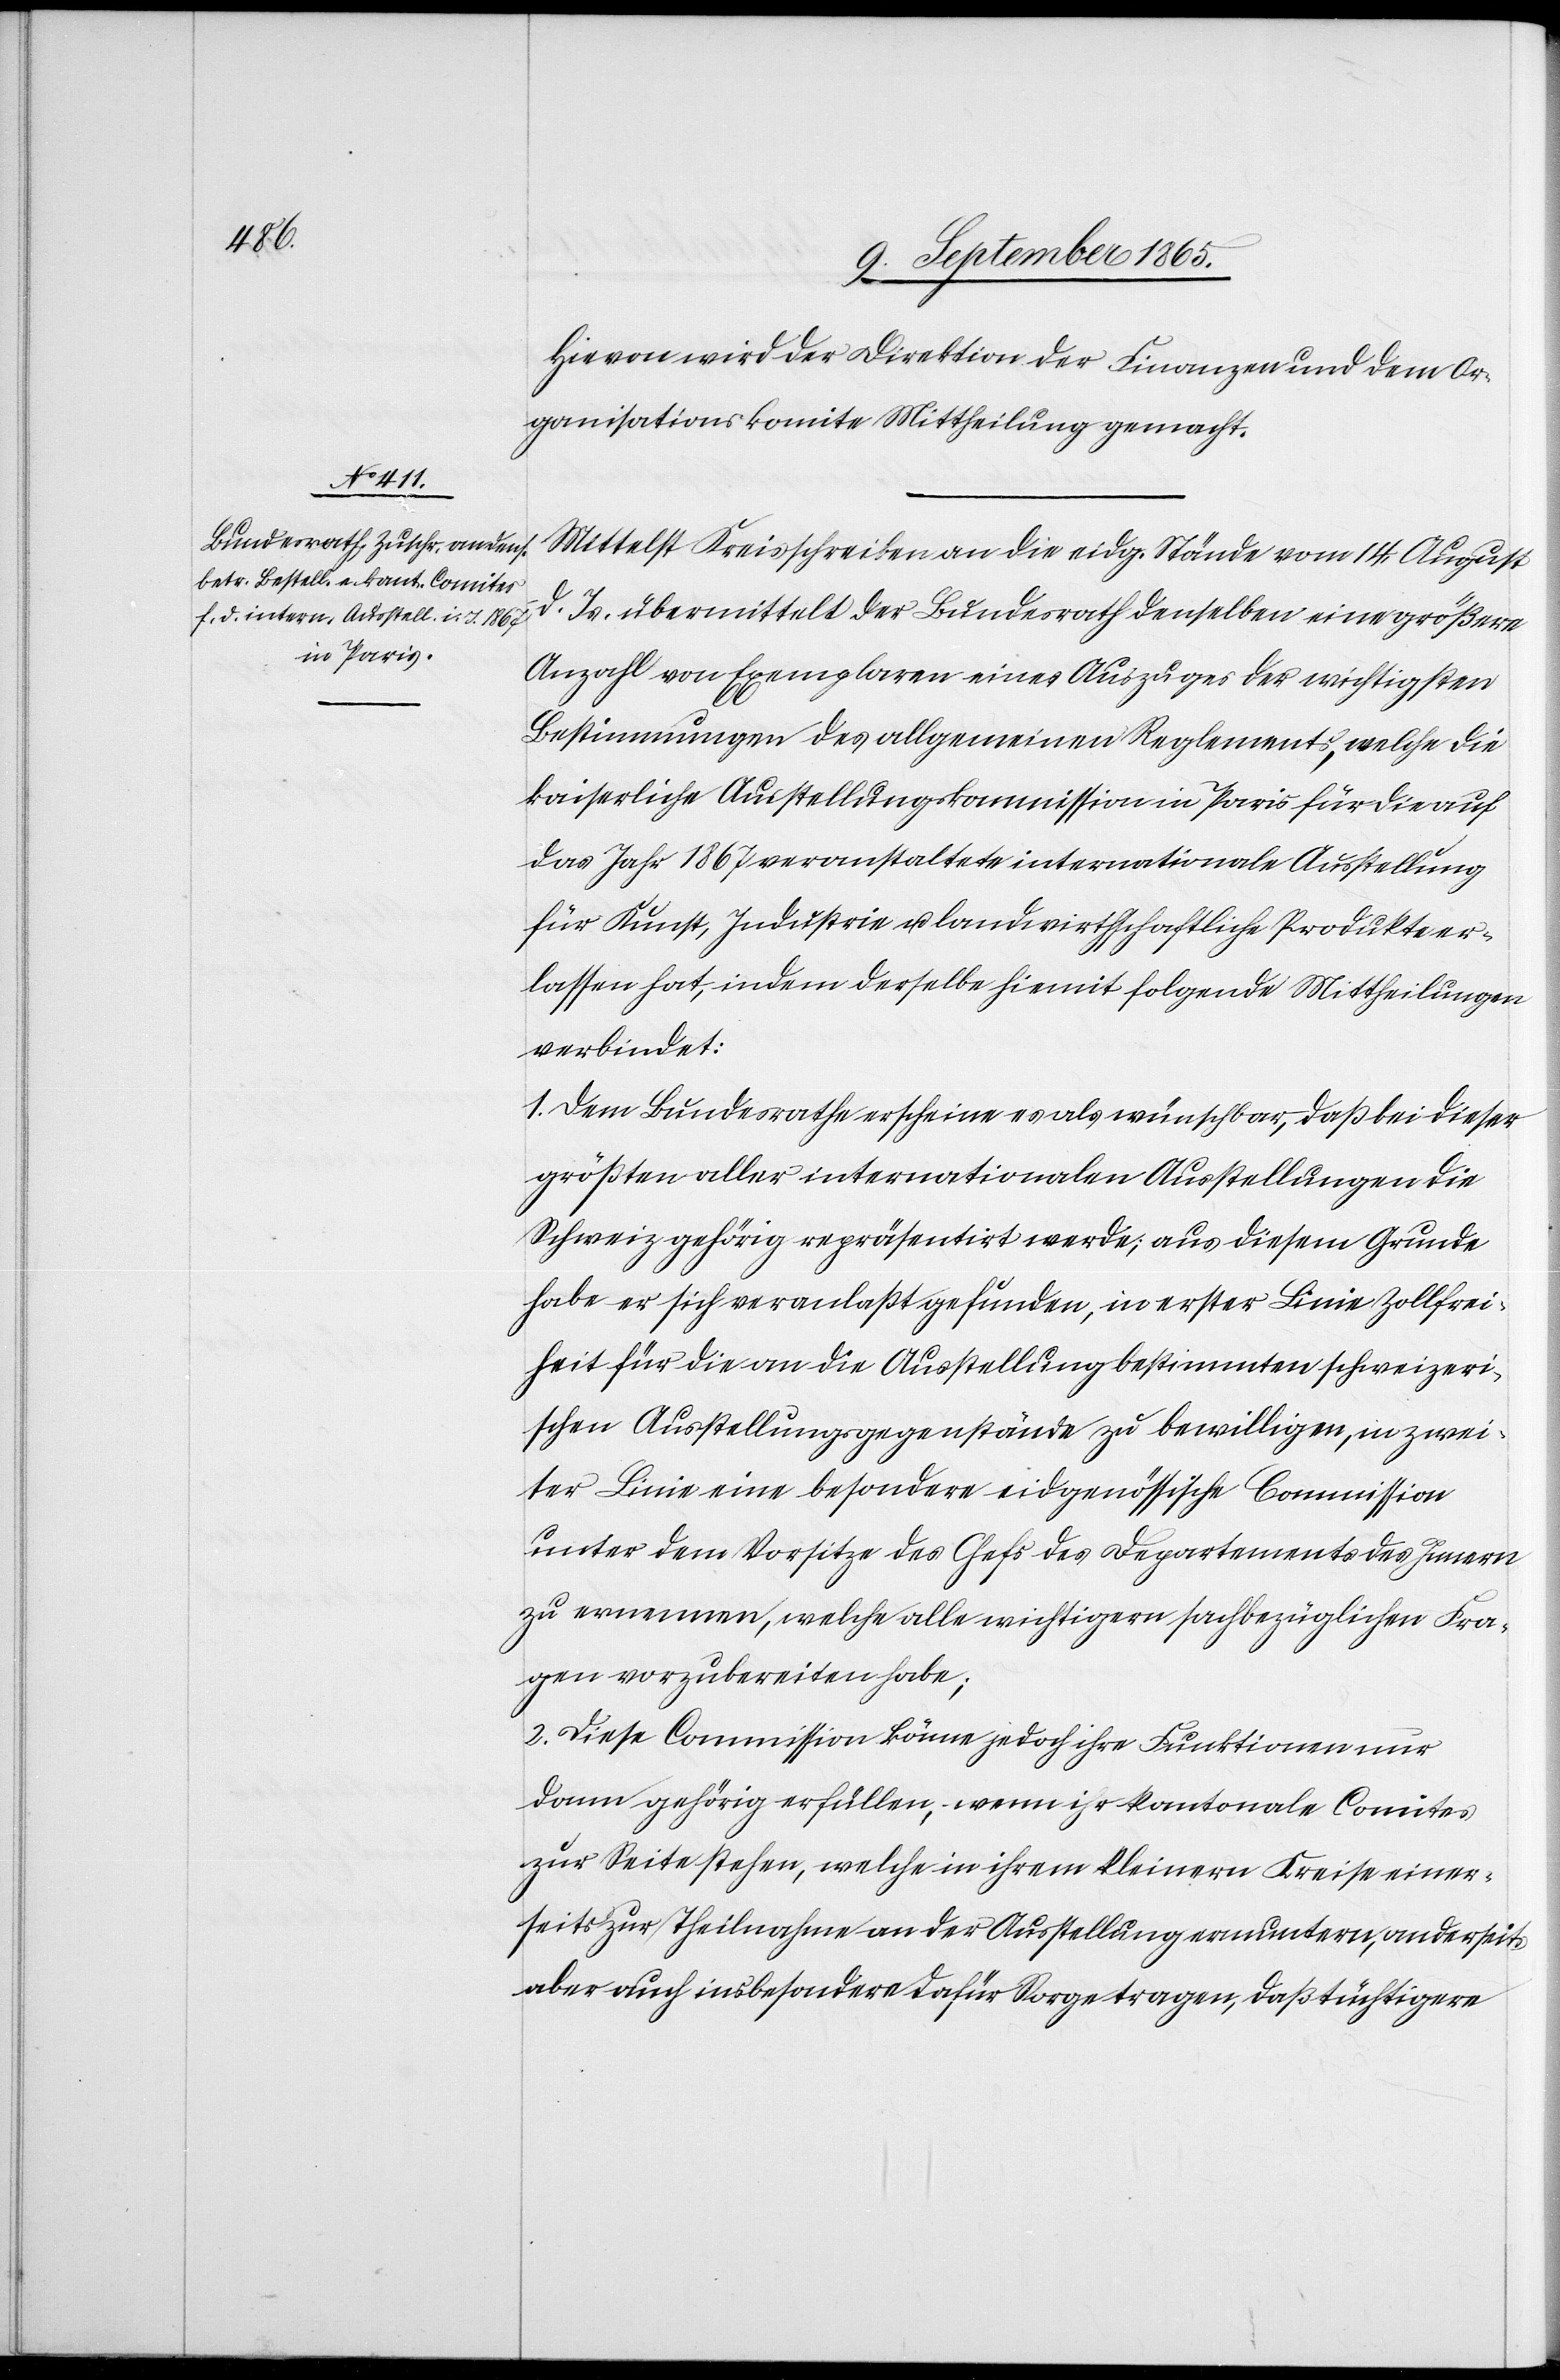
Hievon wird der Direktion der Finanzen und dem Or¬
ganisationskomite Mittheilung gemacht.
Mittelst Kreisschreiben an die eidg. Stände vom 14. August
d. Js. übermittelt der Bundesrath denselben eine größere
Anzahl von Exemplaren eines Auszuges der wichtigsten
Bestimmungen des allgemeinen Reglements, welche die
kaiserliche Ausstellungskommission in Paris für die auf
das Jahr 1867 veranstaltete internationale Ausstellung
für Kunst, Industrie u. landwirthschaftliche Produkte er¬
lassen hat, indem derselbe hiemit folgende Mittheilungen
verbindet:
1. Dem Bundesrathe erscheine es als wünschbar, daß bei dieser
größten aller internationalen Ausstellungen die
Schweiz gehörig repräsentirt werde; aus diesem Grunde
habe er sich veranlaßt gefunden, in erster Linie Zollfrei¬
heit für die an die Ausstellung bestimmten schweizeri¬
schen Ausstellungsgegenstände zu bewilligen, in zwei¬
ter Linie eine besondere eidgenössische Commission
unter dem Vorsitze des Chefs des Departements des Innern
zu ernennen, welche alle wichtigern sachbezüglichen Fra¬
gen vorzubereiten habe;
2. Diese Commission könne jedoch ihre Funktionen nur
dann gehörig erfüllen, wenn ihr kantonale Comites
zur Seite stehen, welche in ihrem kleinern Kreise einer¬
seits zur Theilnahme an der Ausstellung ermuntern, anderseits
aber auch insbesondere dafür Sorge tragen, daß tüchtigere